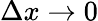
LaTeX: \Delta x\rightarrow 0